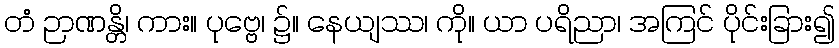
တံ ဉာဏန္တိ၊ ကား။ ပုဗ္ဗေ၊ ၌။ နေယျဿ၊ ကို။ ယာ ပရိညာ၊ အကြင် ပိုင်းခြား၍